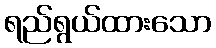
ရည်ရွယ်ထားသော